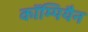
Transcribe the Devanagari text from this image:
कॉम्पियैन